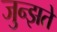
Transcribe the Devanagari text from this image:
जुन्झते